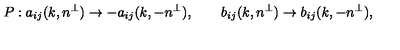
P : a _ { i j } ( k , n ^ { \perp } ) \rightarrow - a _ { i j } ( k , - n ^ { \perp } ) , \qquad b _ { i j } ( k , n ^ { \perp } ) \rightarrow b _ { i j } ( k , - n ^ { \perp } ) ,